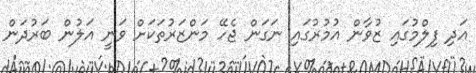
އަދި ފިލްމުގައި ޒުވާން އުމުރުގައި ނަގަން ޖެހޭ މަންޒަރުތަކަށް ވަނީ އަލުން ބަރުދަން